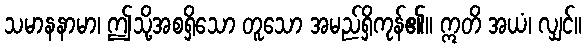
သမာနနာမာ၊ ဤသို့အစရှိသော တူသော အမည်ရှိကုန်၏။ ဣတိ အယံ၊ လျှင်။